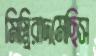
মিস্ত্রিরাদমেছিস